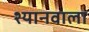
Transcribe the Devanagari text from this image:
श्यानवाला